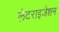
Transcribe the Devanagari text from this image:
लेटराइजेशन